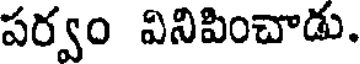
పర్వం వినిపించాడు.